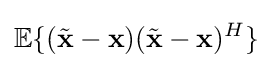
\mathbb {E} \{({\tilde {\mathbf {x} }}-\mathbf {x} )({\tilde {\mathbf {x} }}-\mathbf {x} )^{H}\}